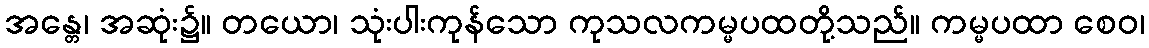
အန္တေ၊ အဆုံး၌။ တယော၊ သုံးပါးကုန်သော ကုသလကမ္မပထတို့သည်။ ကမ္မပထာ စေဝ၊